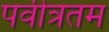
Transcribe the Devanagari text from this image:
पवीत्रतम